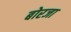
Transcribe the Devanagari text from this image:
बोरजा